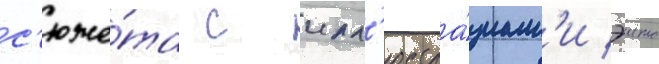
с'юже́та с илл'юстра́циам'и эито